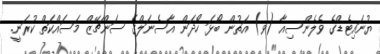
ޔުނައިޓެޑްގެ ވެލެންސިއާ (ވ) އަތުން ބޯޅަ ހޯދަން އާސެނަލްގެ ސަންޗޭޒް މަސައްކަތް ކުރަނީ.